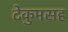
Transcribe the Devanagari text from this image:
टेकुमसह